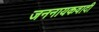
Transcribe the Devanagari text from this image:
जननायकवादी